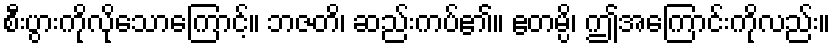
စီးပွားကိုလိုသောကြောင့်။ ဘဇတိ၊ ဆည်းကပ်၏။ ဧတမ္ပိ၊ ဤအကြောင်းကိုလည်း။